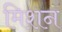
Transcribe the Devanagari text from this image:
मिशन